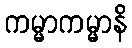
ကမ္မာကမ္မာနိ